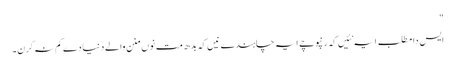
"
ایس دا مطلب ایہ نئیں کہ رنپوچے ایہ چاہندے نیں کہ بدھ مت نوں منن والے دنیا دے کم نہ کرن۔